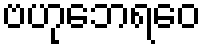
ဗဟုဘေရဝေ